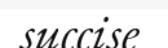
succise